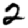
Digit: 2